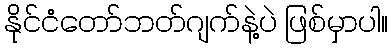
နိုင်ငံတော်ဘတ်ဂျက်နဲ့ပဲ ဖြစ်မှာပါ။